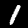
Digit: 1